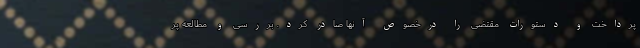
پرداخت و دستورات مقتضی را درخصوص آنها صادر کرد. بررسی و مطالعه پر